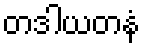
တဒါယတနံ